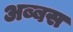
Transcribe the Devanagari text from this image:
अब्बस